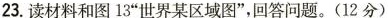
23.读材料和图13”世界某区域图”，回答问题。(12分)